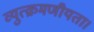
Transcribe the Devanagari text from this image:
व्युत्क्रमणीयता।